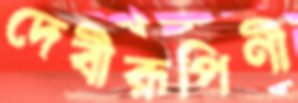
দেবীরূপিণী